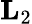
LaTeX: \mathbf{L}_{2}